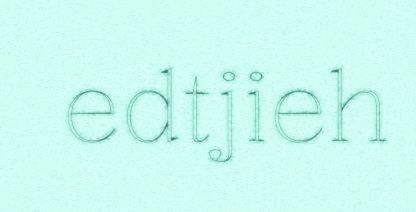
edtjieh